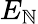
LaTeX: E_{\mathbb{N}}